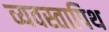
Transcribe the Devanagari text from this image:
व्यवस्तापिथ